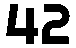
42